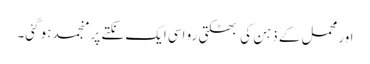
اور محمل کے ذہن کی بھٹکتی رو اسی ایک نکتے پر منجمد ہو گئی۔